Scottish Leaving Certificate Examination, 1953
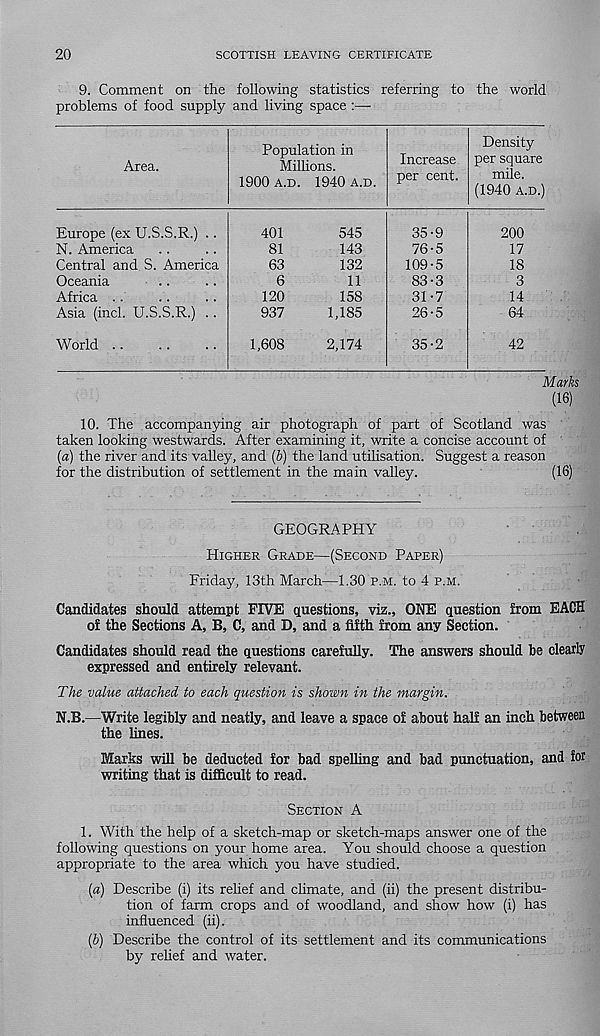
20
SCOTTISH LEAVING CERTIFICATE
9. Comment on the following statistics referring to the world
problems of food supply and living space :—
Area.
Population in
Millions.
1900 A.D. 1940 A.D.
Increase
per cent.
Density
per square
mile.
(1940 A.D.)
Europe (ex U.S.S.R.) ..
N. America
Central and S. America
Oceania
A TTIPfl
Asia (inch U.S.S.R.) !!
World
401
81
63
6
120
937
1,608
545
143
132
11
158
1,185
2,174
35-9
76'
109'
83'
31'
26'
35-2
200
17
18
3
14
64
42
Marks
(16)
10. The accompanying air photograph of part of Scotland was
taken looking westwards. After examining it, write a concise account of
(a) the river and its valley, and (b) the land utilisation. Suggest a reason
for the distribution of settlement in the main valley.
(16)
GEOGRAPHY
HIGHER GRADE—(SECOND PAPER)
Friday, 13th March—1.30 P.M. to 4 P.M.
Candidates should attempt FIVE questions, viz., OI® question from EACH
of the Sections A, B, C, and D, and a fifth from any Section.
Candidates should read the questions carefully. The answers should be clearly
expressed and entirely relevant.
The value attached to each question is shown in the margin.
N.B.—Write legibly and neatly, and leave a space of about half an inch between
the lines.
Marks will be deducted for bad spelling and bad punctuation, and for
writing that is difficult to read.
SECTION A
1. With the help of a sketch-map or sketch-maps answer one of the
following questions on your home area. You should choose a question
appropriate to the area which you have studied.
[a) Describe (i) its relief and climate, and (ii) the present distribu-
tion of farm crops and of woodland, and show how (i) has
influenced (ii).
(&) Describe the control of its settlement and its communications
by relief and water.